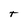
Character: T